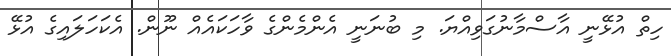
ހިތް އުޅޭނީ އާސްމާނުގަވިއްޔަ. މި ބުނަނީ އެންމެންގެ ވާހަކައެއް ނޫން. އެކަހަލައިގެ އުޅޭ